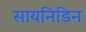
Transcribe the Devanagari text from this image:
सायनिडिन